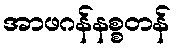
အာဖဂန်နစ္စတန်